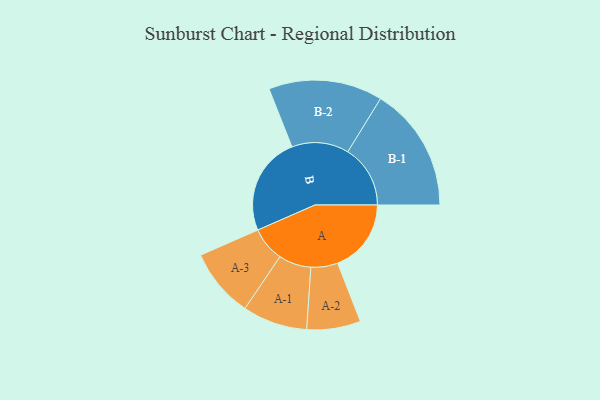
{"axis": {"x": "Segment", "y": "Value"}, "legend": ["", "A", "B"], "data": [{"x": "A", "y": 347, "type": ""}, {"x": "B", "y": 465, "type": ""}, {"x": "A-1", "y": 153, "type": "A"}, {"x": "A-2", "y": 127, "type": "A"}, {"x": "A-3", "y": 163, "type": "A"}, {"x": "B-1", "y": 295, "type": "B"}, {"x": "B-2", "y": 269, "type": "B"}]}